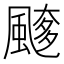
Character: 𩘖